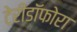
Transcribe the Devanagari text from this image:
टेरीडॉफोरा